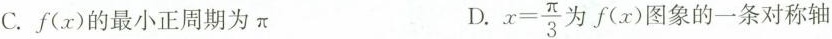
C.f(x)的最小正周期为\pi D. $$x= \frac{\pi}{3}$$ 为f(x)图象的一条对称轴